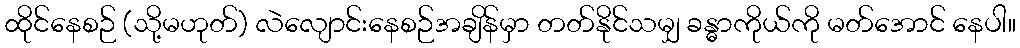
ထိုင်နေစဉ် (သို့မဟုတ်) လဲလျောင်းနေစဉ်အချိန်မှာ တတ်နိုင်သမျှ ခန္ဓာကိုယ်ကို မတ်အောင် နေပါ။